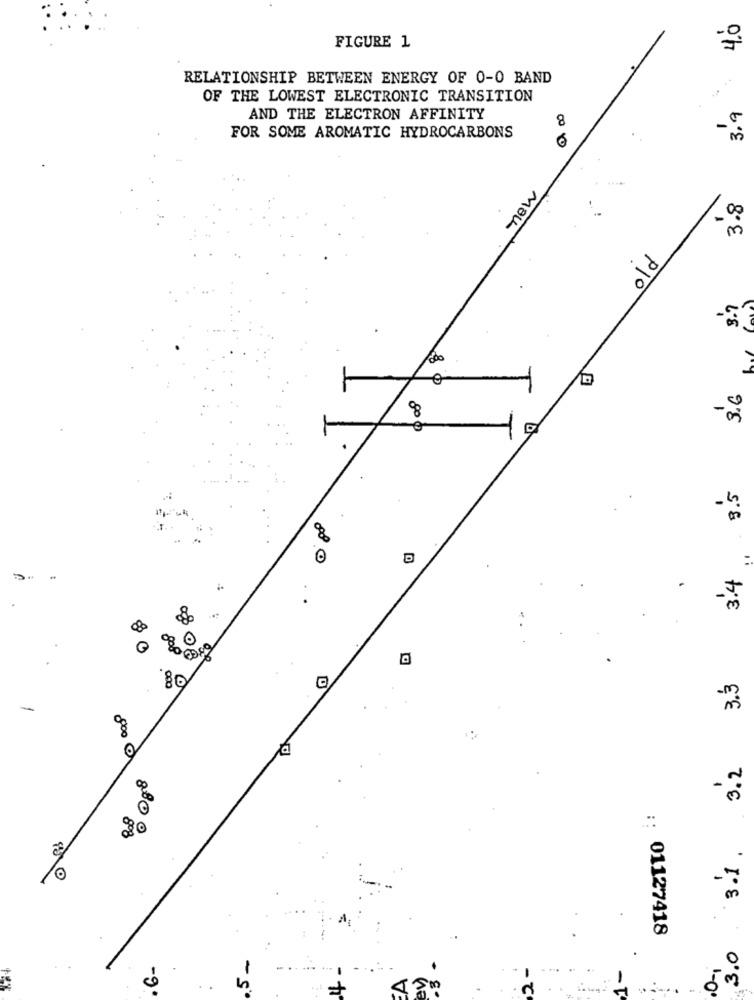
10
FIGURE 1
RELATIONSHIP BETWEEN ENERGY OF 0-0 BAND
OF THE LOWEST ELECTRONIC TRANSITION
3.9
AND THE ELECTRON AFFINITY
8
FOR SOME AROMATIC HYDROCARBONS
new
3.8
3.7
3.6
.3.5
3.4
.
D
3.3
08
3.2
8 088
- 7
:: 01127418
3.0
6-
0-1
in